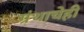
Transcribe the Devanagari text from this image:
ग्रंथाचेही